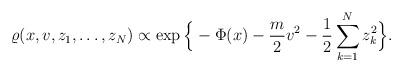
LaTeX: \begin{align*} \varrho(x,v,z_1,\dots,z_N) \propto\exp\Big\{-\Phi(x)-\frac{m}{2}v^2-\frac{1}{2}\sum_{k=1}^N z_k^2\Big\}. \end{align*}